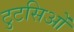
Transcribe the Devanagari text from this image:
टुटसिओं